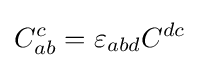
C_{ab}^{c}=\varepsilon _{abd}C^{dc}